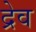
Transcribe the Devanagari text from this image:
द्रेव